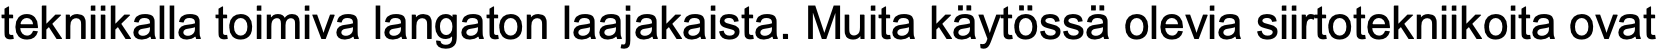
tekniikalla toimiva langaton laajakaista. Muita käytössä olevia siirtotekniikoita ovat